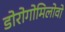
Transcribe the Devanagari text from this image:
डोरोगोमिलोवो